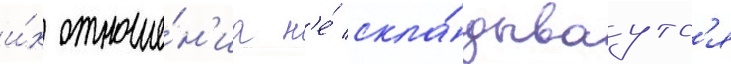
и́х отноше́н'иа н'е́ скла́дываутс'я